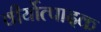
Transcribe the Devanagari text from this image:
वीर्योत्पादक